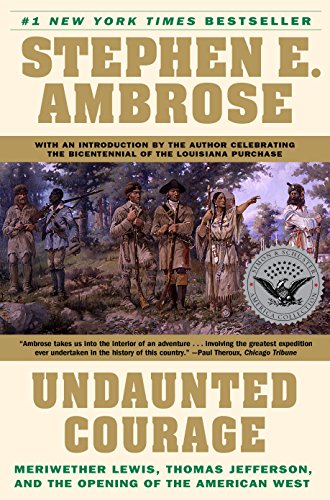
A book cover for Undaunted Courage:  Meriwether Lewis, Thomas Jefferson, and the Opening of the American West; Stephen Ambrose; Biographies & Memoirs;